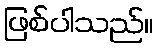
ဖြစ်ပါသည်။